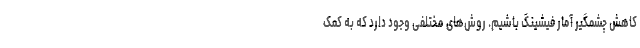
کاهش چشمگیر آمار فیشینگ باشیم. روش‌های مختلفی وجود دارد که به کمک